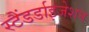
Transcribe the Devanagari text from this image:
स्टैंडर्डाइजेशन